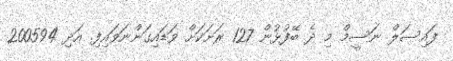
ފައިސަލް ނަސީމް މި ދެ ބޭފުޅުން 127 ރަށަކަށް ވަޑައިގަންނަވައިފި. އަދި 200594